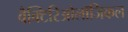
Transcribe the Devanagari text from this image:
बैक्टिरिओलॉजिकल